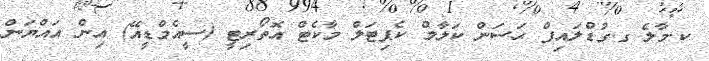
ކ.މާލެ ގ.ގުޑްލައިފް ޙަސަން ކަލާމް ކެޕިޓަލް މާކެޓް އޮތޯރިޓީ (ސީއެމްޑީއޭ) އިން އައްޔަން